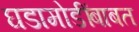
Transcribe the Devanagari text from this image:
घडामोडींबाबत